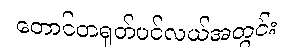
တောင်တရုတ်ပင်လယ်အတွင်း